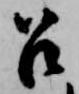
召